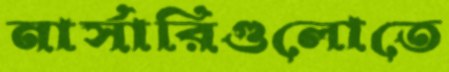
নার্সারিগুলোতে